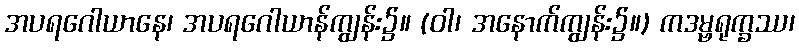
အပရဂေါယာနေ၊ အပရဂေါယာန်ကျွန်း၌။ (ဝါ၊ အနောက်ကျွန်း၌။) ကဒမ္ဗရုက္ခဿ၊